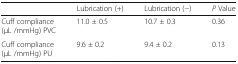
<table><thead><tr><td></td><td><b>Lubrication (+)</b></td><td><b>Lubrication (−)</b></td><td><b><i>P</i> Value</b></td></tr></thead><tbody><tr><td>Cuff compliance (μL /mmHg) PVC</td><td>11.0 ± 0.5</td><td>10.7 ± 0.3</td><td>0.36</td></tr><tr><td>Cuff compliance (μL /mmHg) PU</td><td>9.6 ± 0.2</td><td>9.4 ± 0.2</td><td>0.13</td></tr></tbody></table>